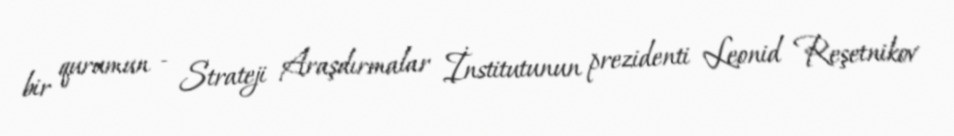
bir qurumun - Strateji Araşdırmalar İnstitutunun prezidenti Leonid Reşetnikov